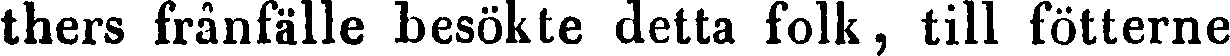
thers frånfälle besökte detta folk, till fötterne